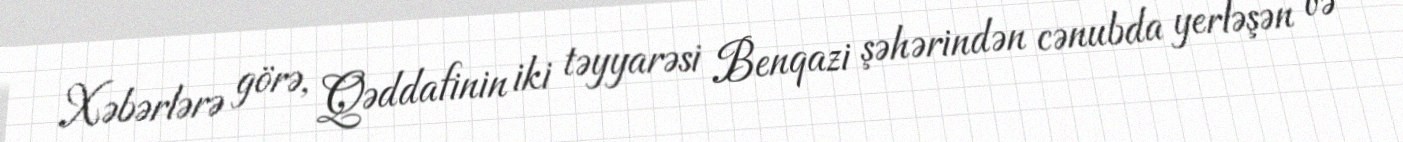
Xəbərlərə görə, Qəddafinin iki təyyarəsi Benqazi şəhərindən cənubda yerləşən və